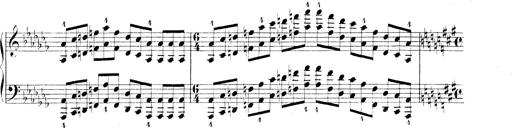
Title: Technische Studien
Composer: Franz Liszt